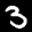
Label: 3